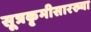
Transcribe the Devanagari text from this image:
सूत्रकृमीसारख्या